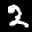
Label: 2